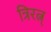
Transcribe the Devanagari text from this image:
त्रिरत्न्